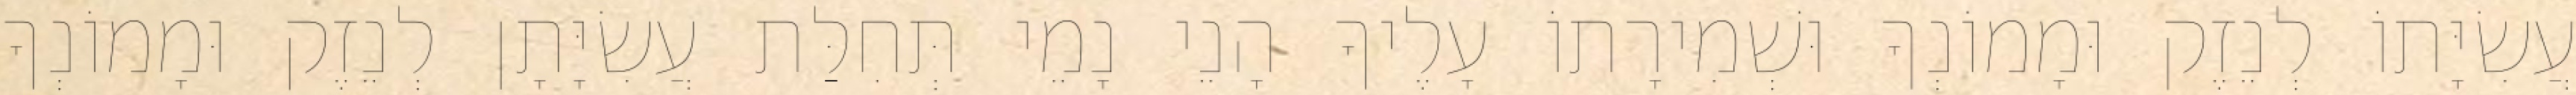
עֲשִׂיָּתוֹ לְנֵזֶק וּמָמוֹנְךָ וּשְׁמִירָתוֹ עָלֶיךָ הָנֵי נָמֵי תְּחִלַּת עֲשִׂיָּתָן לְנֵזֶק וּמָמוֹנְךָ